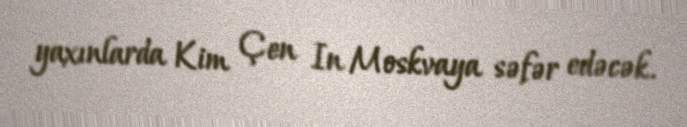
yaxınlarda Kim Çen In Moskvaya səfər edəcək.